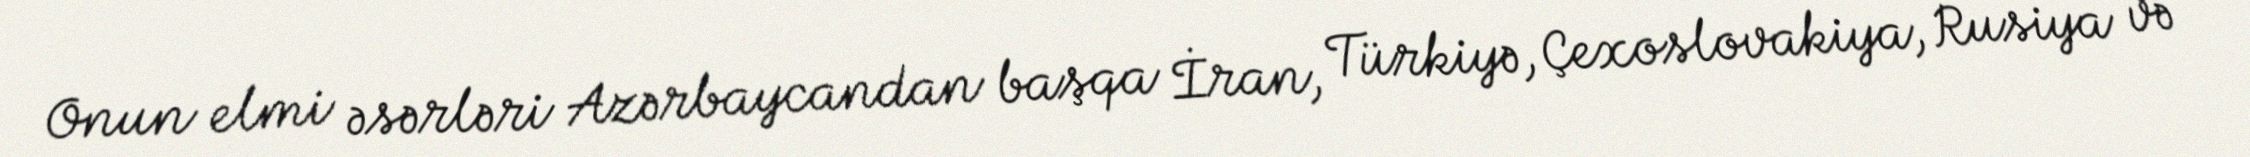
Onun elmi əsərləri Azərbaycandan başqa İran, Türkiyə, Çexoslovakiya, Rusiya və